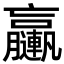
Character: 𨏩